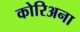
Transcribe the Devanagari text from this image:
कोरिअना